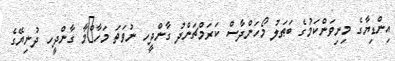
އިންޑިޔާގެ މިނިވަންކަމުގެ ބަޠަލު މޯހަންދާސް ކަރަމްޗަންދު ގާންދީހ ނުވަތަ މަހާ^ްމާ ގާންދީހ ދުނިޔޭގެ